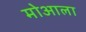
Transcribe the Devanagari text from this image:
मोआला